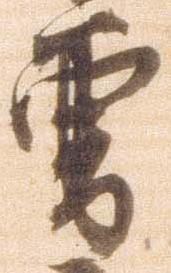
曽